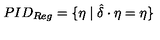
P I D _ { R e g } = \{ \eta \mid \hat { \delta } \cdot \eta = \eta \}